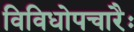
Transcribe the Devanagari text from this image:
विविधोपचारैः